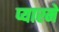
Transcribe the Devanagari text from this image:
प्यारमे